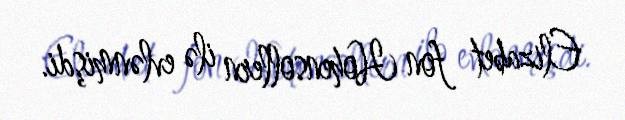
Elizabet fon Hohensollern ilə evlənmişdi.